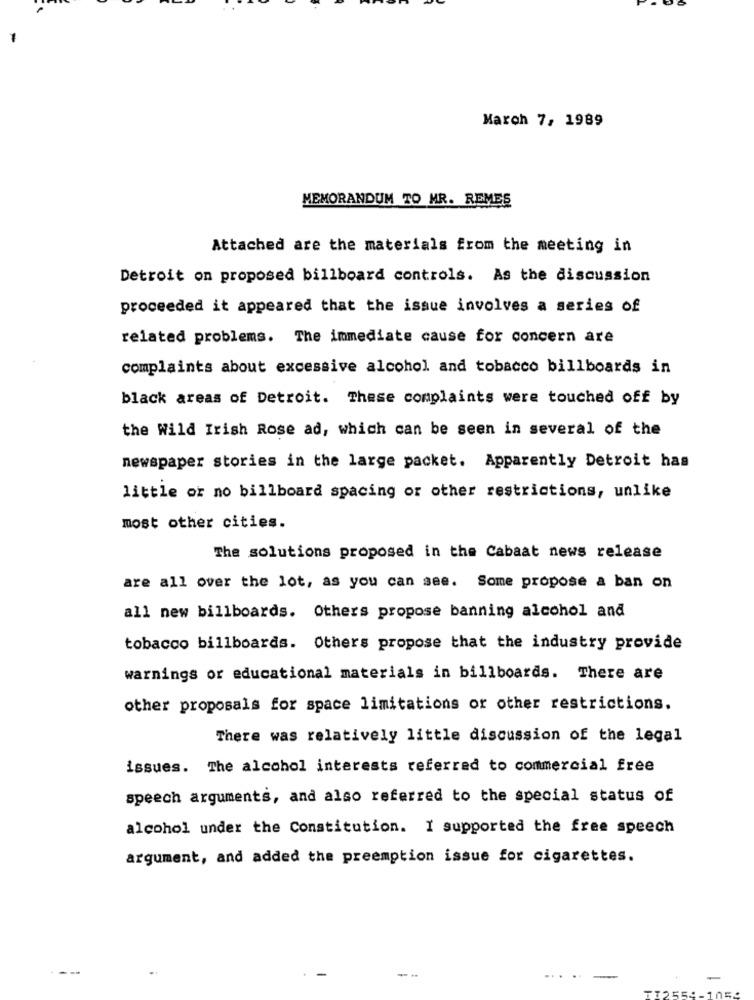
March 7, 1989
MEMORANDUM TO MR. REMES
Attached are the materials from the meeting in
Detroit on proposed billboard controls. As the discussion
proceeded it appeared that the issue involves a series of
related problems. The immediate cause for concern are
complaints about excessive alcohol and tobacco billboards in
black areas of Detroit. These complaints were touched off by
the Wild Irish Rose ad, which can be seen in several of the
newspaper stories in the large packet. Apparently Detroit has
little or no billboard spacing or other restrictions, unlike
most other cities.
The solutions proposed in the Cabaat news release
are all over the lot, as you can see. Some propose a ban on
all new billboards. Others propose banning alcohol and
tobacco billboards. Others propose that the industry provide
warnings or educational materials in billboards. There are
other proposals for space limitations or other restrictions.
There was relatively little discussion of the legal
issues. The alcohol interests referred to commercial free
speech arguments, and also referred to the special status of
alcohol under the Constitution. I supported the free speech
argument, and added the preemption issue for cigarettes.
---
-.
...